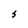
Character: S